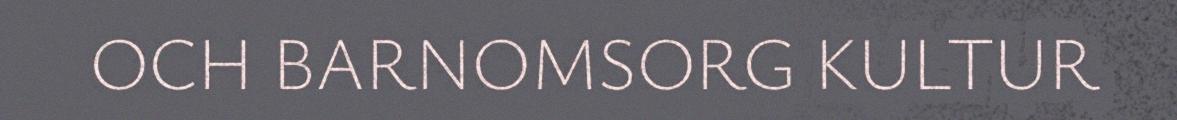
OCH BARNOMSORG KULTUR